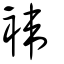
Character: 褘